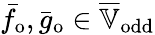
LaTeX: \bar{f}_{\mathrm{o}},\bar{g}_{\mathrm{o}}\in\overline{{\mathbb{V}}}_{\mathrm{odd}}